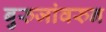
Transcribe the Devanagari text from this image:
बुरुजांवरुन